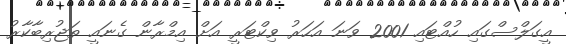
އީގަލްސްގައި ހުއްޓައި 2001 ވަނަ އަހަރު ވިކްޓަރީ އަށް އިމްރާން ގެނައީ ތަޖުރިބާކާރު